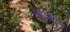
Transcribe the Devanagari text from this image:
नेदरलैंडस